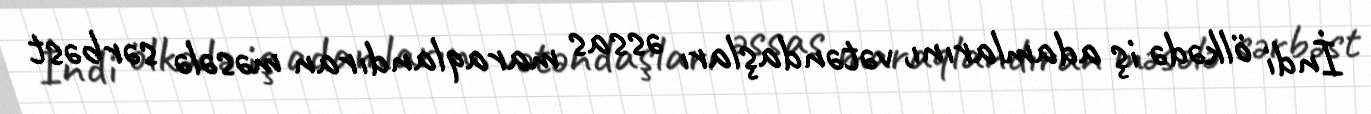
İndi ölkədə iş adamlarını, vətəndaşları əssas maraqlandıran məsələ sərbəst